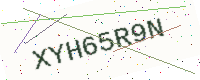
Text: XYH65R9N